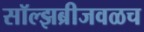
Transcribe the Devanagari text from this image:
सॉल्झब्रीजवळच